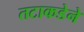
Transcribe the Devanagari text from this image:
तटाकडेने